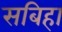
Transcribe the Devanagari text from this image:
सबिहा